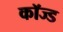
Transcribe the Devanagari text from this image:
कॉज्ड